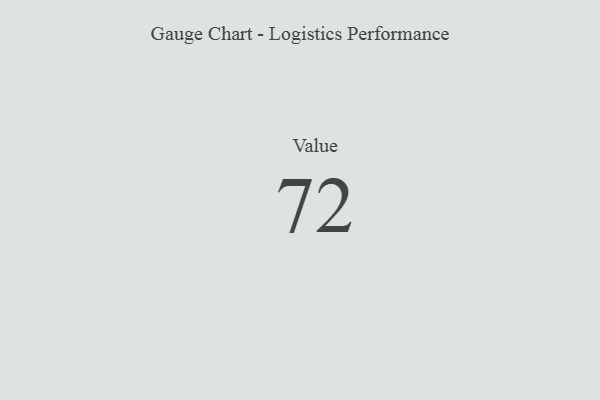
{"axis": {"x": "Metric", "y": "Value"}, "legend": [""], "data": [{"x": "Value", "y": 72, "type": ""}]}